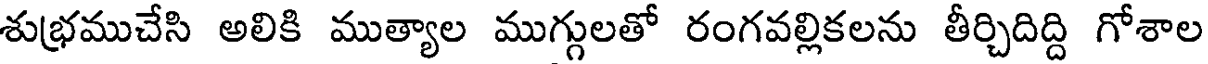
శుభముచేసి అలికి ముత్యాల ముగ్గులతో రంగవల్లికలను తీర్చిదిద్ది గోశాల